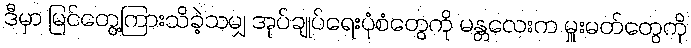
ဒီမှာ မြင်တွေ့ကြားသိခဲ့သမျှ အုပ်ချုပ်ရေးပုံစံတွေကို မန္တလေးက မှူးမတ်တွေကို